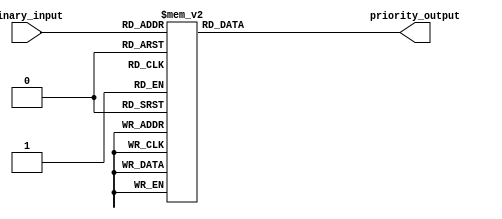
module decimal_priority_encoder(input [3:0] binary_input, output reg [2:0] priority_output);

always @(*) begin
    case(binary_input)
        4'b1000 : priority_output = 3'b100;
        4'b0111 : priority_output = 3'b011;
        4'b0110 : priority_output = 3'b011;
        4'b0101 : priority_output = 3'b010;
        4'b0100 : priority_output = 3'b010;
        4'b0011 : priority_output = 3'b001;
        4'b0010 : priority_output = 3'b001;
        4'b0001 : priority_output = 3'b000;
        default : priority_output = 3'b000;
    endcase
end

endmodule